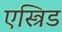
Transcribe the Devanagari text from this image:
एस्त्रिड